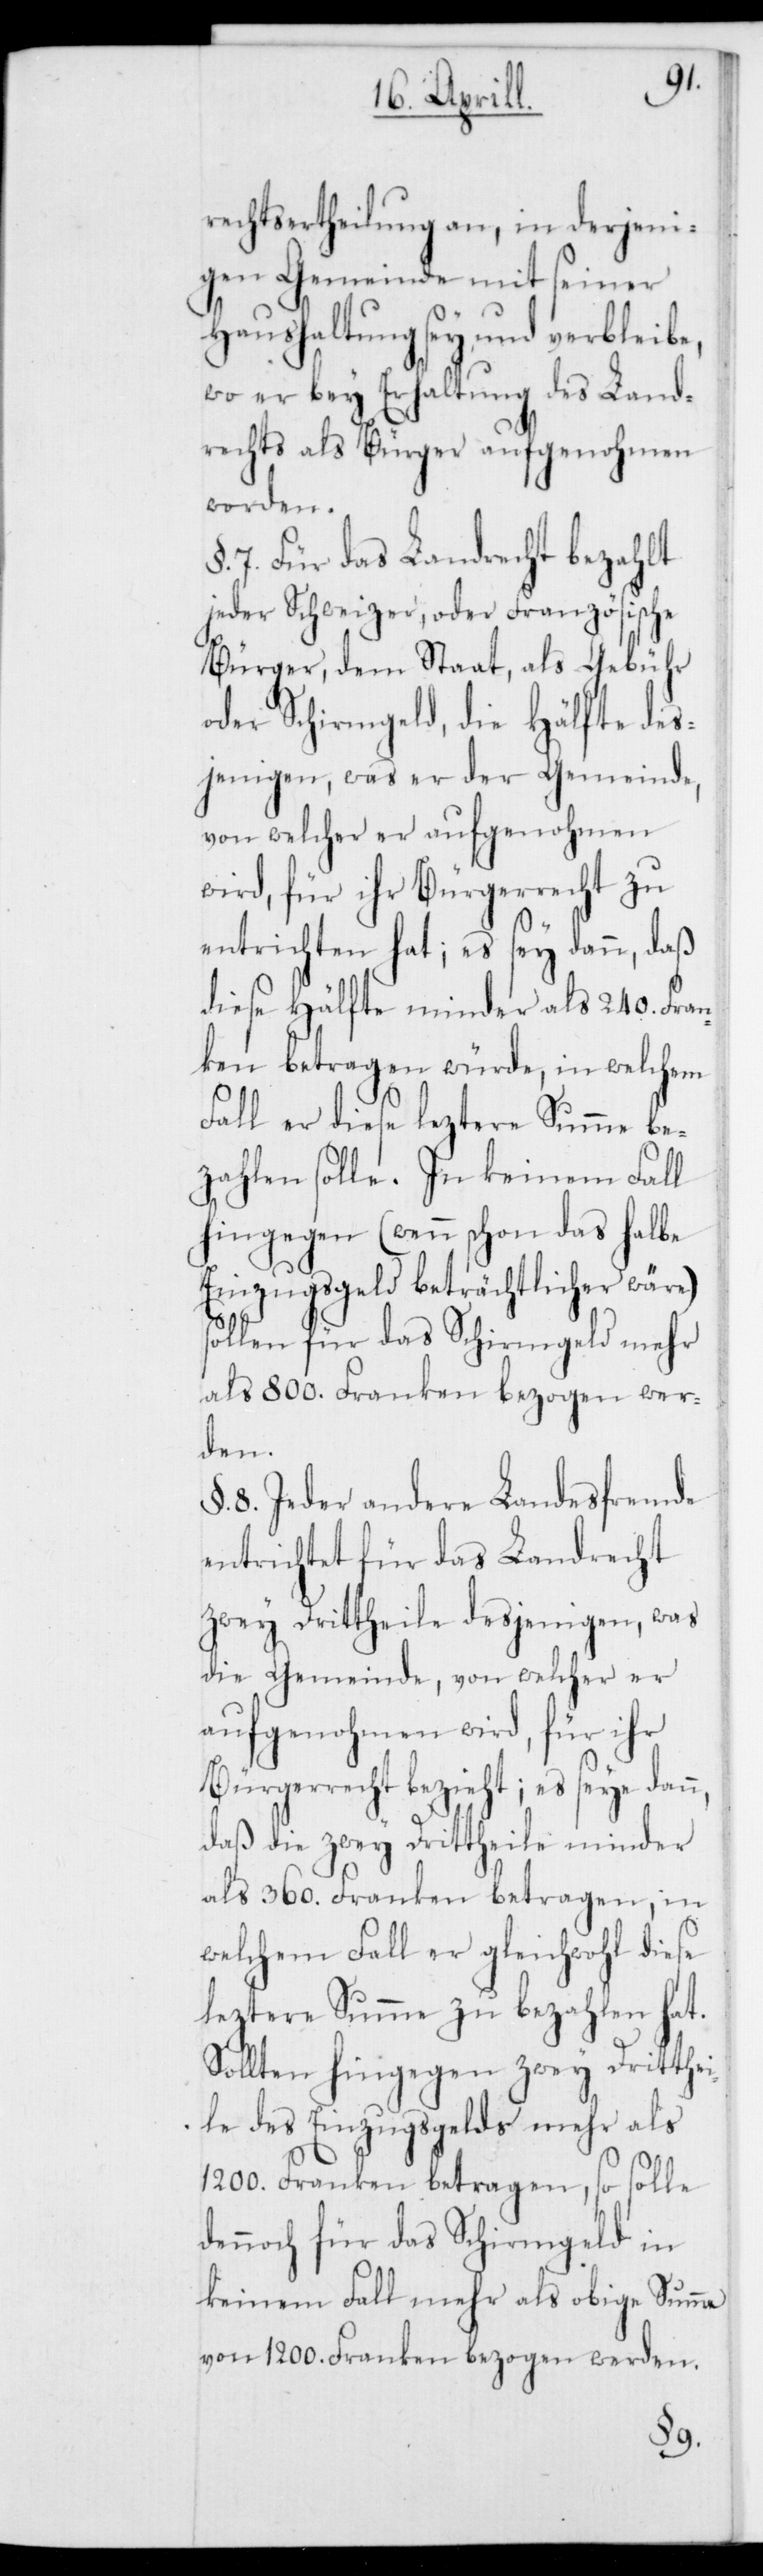
rechtsertheilung an, in derjeni¬
gen Gemeinde mit seiner
Haushaltung sey und verbleibe,
wo er bey Erhaltung des Land¬
rechts als Bürger aufgenohmen
worden.
7. Für das Landrecht bezahlt
jeder Schweizer oder Französische
Bürger, dem Staat, als Gebühr
oder Schirmgeld, die Hälfte des¬
jenigen, was er der Gemeinde,
von welcher er aufgenohmen
wird, für ihr Bürgerrecht zu
entrichten hat; es sey dann, daß
diese Hälfte minder als 240. Fran¬
ken betragen würde, in welchem
Fall er diese leztere Summe be¬
zahlen solle. In keinem Fall
hingegen (wenn schon das halbe
Einzugsgeld beträchtlicher wäre)
sollen für das Schirmgeld mehr
als 800. Franken bezogen wer¬
den.
§. 8. Jeder andere Landesfremde
entrichtet für das Landrecht
zwey Drittheile desjenigen, was
die Gemeinde, von welcher er
aufgenohmen wird, für ihr
Bürgerrecht bezieht; es seye dan¬
daß die zwey Drittheile minder
als 360. Franken betragen, in
welchem Fall er gleichwohl diese
leztere Summe zu bezahlen hat.
Sollten hingegen zwey Dritthei¬
le des Einzugsgelds mehr als
1200. Franken betragen, so solle
dennoch für das Schirmgeld in
keinem Fall mehr als obige Summa
von 1200. Franken bezogen werden.
n,